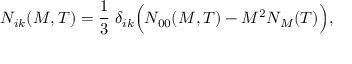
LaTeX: N _ { i k } ( M , T ) = \frac { 1 } { 3 } \; \delta _ { i k } \Big ( N _ { 0 0 } ( M , T ) - M ^ { 2 } { \cal N } _ { M } ( T ) \Big ) ,